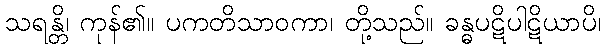
သရန္တိ၊ ကုန်၏။ ပကတိသာဝကာ၊ တို့သည်။ ခန္ဓပဋိပါဋိယာပိ၊